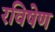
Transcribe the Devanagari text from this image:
रविषेण